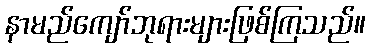
နာမည်ကျော်ဘုရားများဖြစ်ကြသည်။